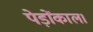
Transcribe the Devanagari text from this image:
पेड़ोंकाल।